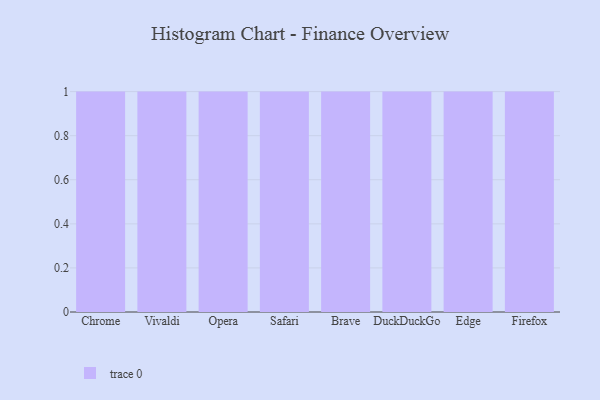
{"axis": {"x": "Browser", "y": "Page Views"}, "legend": [""], "data": [{"x": "Chrome", "y": 91, "type": ""}, {"x": "Vivaldi", "y": 60, "type": ""}, {"x": "Opera", "y": 47, "type": ""}, {"x": "Safari", "y": 12, "type": ""}, {"x": "Brave", "y": 95, "type": ""}, {"x": "DuckDuckGo", "y": 68, "type": ""}, {"x": "Edge", "y": 25, "type": ""}, {"x": "Firefox", "y": 60, "type": ""}]}